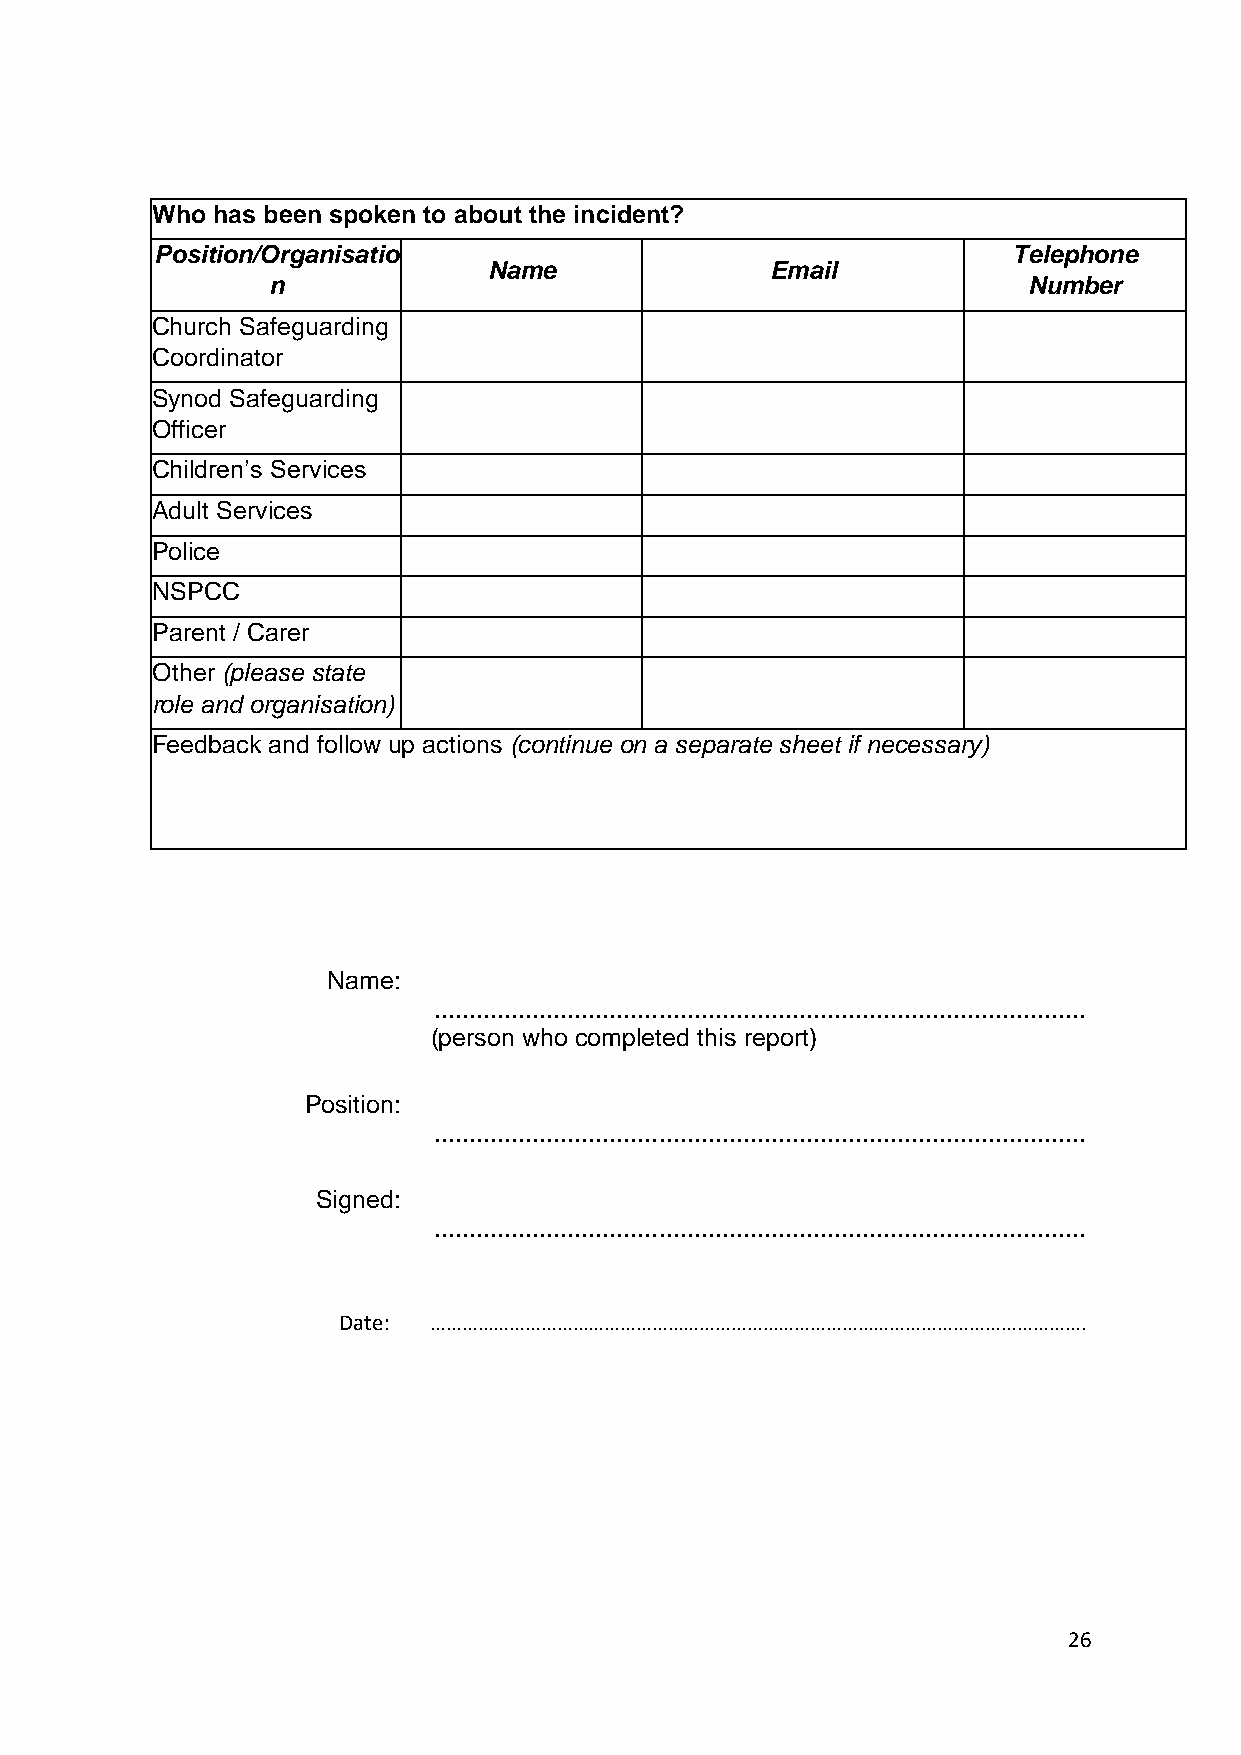
Who has been spoken to about the incident?
 Position/Organisatio                                     Telephone
 Name               Email
 n                                                 Number
 Church Safeguarding
 Coordinator
 Synod Safeguarding
 Officer
 Children’s Services
 Adult Services
 Police
 NSPCC
 Parent / Carer
 Other (please state
 role and organisation)
 Feedback and follow up actions (continue on a separate sheet if necessary)
 Name:
 .............................................................................................
 (person who completed this report)
 Position:
 .............................................................................................
 Signed:
 .............................................................................................
 Date:  …………………………………………………………………………………………………………….
 26